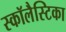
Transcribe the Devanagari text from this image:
स्कॉलैस्टिका